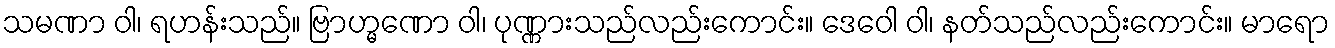
သမဏာ ဝါ၊ ရဟန်းသည်။ ဗြာဟ္မဏော ဝါ၊ ပုဏ္ဏားသည်လည်းကောင်း။ ဒေဝေါ ဝါ၊ နတ်သည်လည်းကောင်း။ မာရော